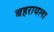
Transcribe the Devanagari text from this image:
बहरायला